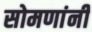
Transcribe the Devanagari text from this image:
सोमणांनी